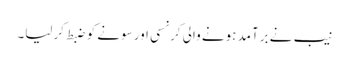
نیب نے برآمد ہونے والی کرنسی اور سونے کو ضبط کرلیا۔